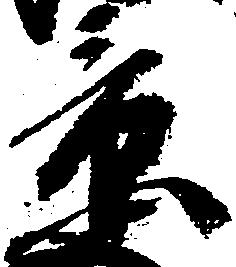
景